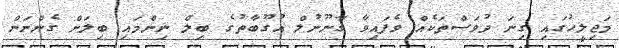
މަޖިލީހުގައި ގިނަ ދުވަސްތަކެއް ވެފައިވާ ގާނޫނުލް އުގޫބާތުގެ ބިލް ނިންމައި ބިލަށް ގެންނަން